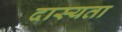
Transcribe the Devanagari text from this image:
दास्यता